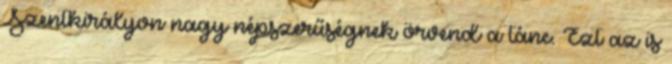
Szentkirályon nagy népszerűségnek örvend a tánc. Ezt az is